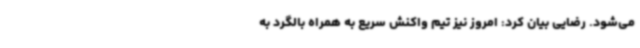
می‌شود. رضایی بیان کرد: امروز نیز تیم واکنش سریع به همراه بالگرد به